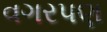
વગરપણ